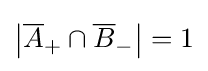
\left|{\overline {A}}_{+}\cap {\overline {B}}_{-}\right|=1